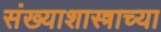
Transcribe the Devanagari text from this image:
संख्याशास्त्राच्या